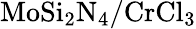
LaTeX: \mathrm{MoSi_{2}N_{4}/CrCl_{3}}